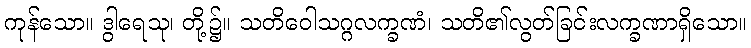
ကုန်သော။ ဒွါရေသု၊ တို့၌။ သတိဝေါသဂ္ဂလက္ခဏံ၊ သတိ၏လွတ်ခြင်းလက္ခဏာရှိသော။